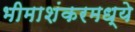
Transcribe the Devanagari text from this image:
भीमाशंकरमध्ये